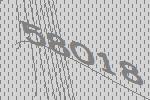
58018